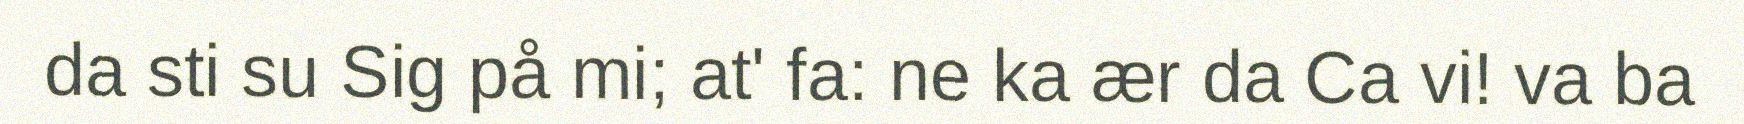
da sti su Sig på mi; at' fa: ne ka ær da Ca vi! va ba